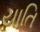
યાતિ